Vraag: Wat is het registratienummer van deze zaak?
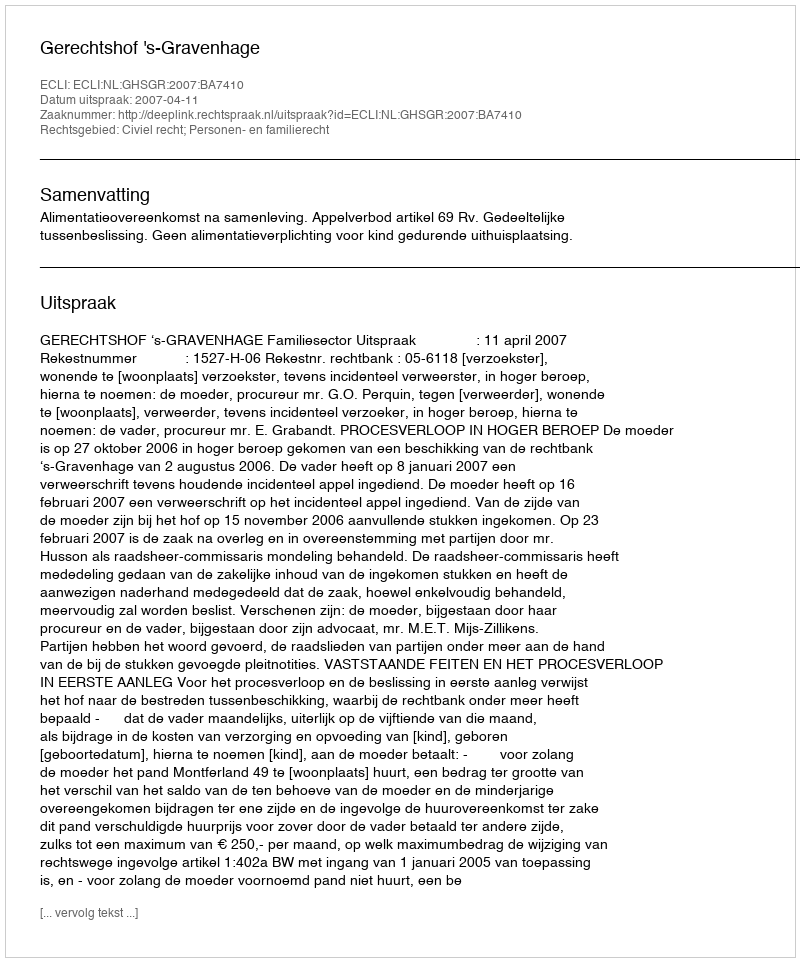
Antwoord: http://deeplink.rechtspraak.nl/uitspraak?id=ECLI:NL:GHSGR:2007:BA7410